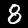
Label: 8